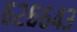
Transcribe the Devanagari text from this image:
६२६६४३